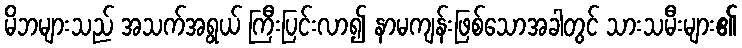
မိဘများသည် အသက်အရွယ် ကြီးပြင်းလာ၍ နာမကျန်းဖြစ်သောအခါတွင် သားသမီးများ၏